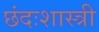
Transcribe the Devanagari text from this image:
छंदःशास्त्री